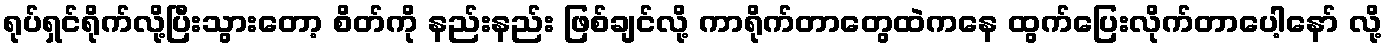
ရုပ်ရှင်ရိုက်လို့ပြီးသွားတော့ စိတ်ကို နည်းနည်း ဖြစ်ချင်လို့ ကာရိုက်တာတွေထဲကနေ ထွက်ပြေးလိုက်တာပေါ့နော် လို့